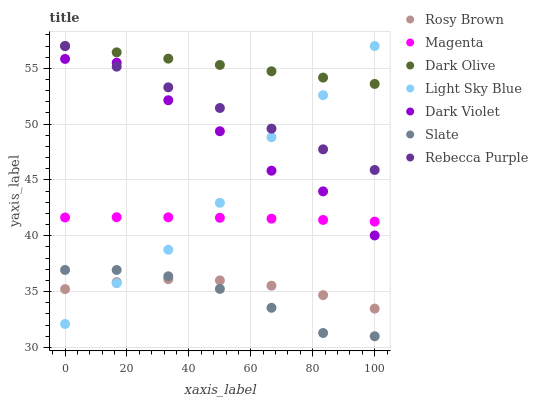
| xaxis_label | Rosy Brown | Magenta | Dark Olive | Light Sky Blue | Dark Violet | Slate | Rebecca Purple |
 | --- | --- | --- | --- | --- | --- | --- | --- |
 | 0 | 35.2 | 41.6 | 57 | 32.1 | 55.8 | 36.9 | 57 |
 | 16.7 | 35.9 | 41.7 | 56.4 | 35.8 | 55.5 | 36.9 | 55.1 |
 | 33.3 | 36.1 | 41.7 | 55.9 | 38.7 | 52.1 | 36.4 | 53.3 |
 | 50 | 36 | 41.6 | 55.3 | 43 | 49.4 | 35.2 | 51.4 |
 | 66.7 | 35.5 | 41.5 | 54.7 | 48.8 | 45.8 | 33.5 | 49.6 |
 | 83.3 | 34.7 | 41.4 | 54.2 | 52.6 | 44 | 31.3 | 47.7 |
 | 100 | 33.5 | 41.3 | 53.6 | 57 | 40 | 31 | 45.9 |